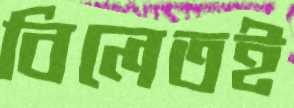
বিলেতই